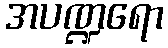
အပဏ္ဍရော